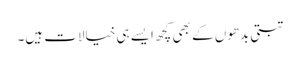
تبتی بدھوں کے بھی کچھ ایسے ہی خیالات ہیں۔